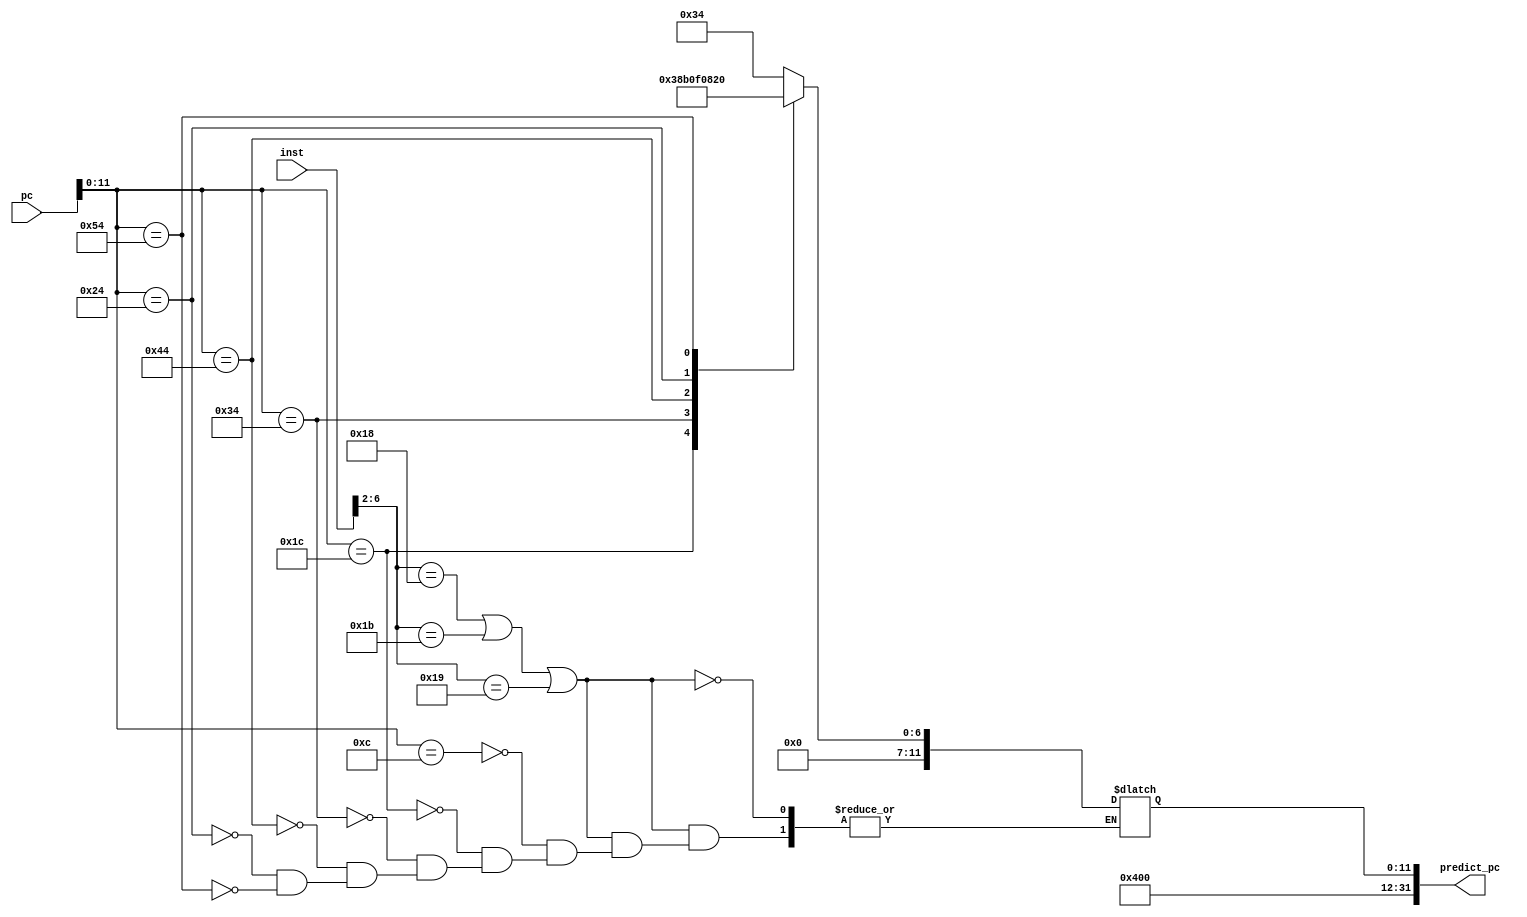
module lookup (input [31:0] pc, inst,
               output [31:0] predict_pc);
  reg [11:0] predict;
always @(pc, inst) begin
  if ((inst[6:2]==5'b11000) || (inst[6:2]==5'b11011) || (inst[6:2]==5'b11001)) begin
  case(pc[11:0]) 
    12'h00c: predict= 12'h034;
	12'h01c: predict= 12'h038;
	12'h034: predict= 12'h058;
	12'h044: predict= 12'h03c;
	12'h024: predict= 12'h010;
	12'h054: predict= 12'h020;
endcase
end
end

assign predict_pc= {20'h00400, predict};
endmodule